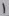
Text: I